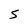
Character: 5